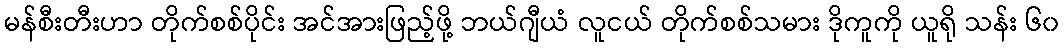
မန်စီးတီးဟာ တိုက်စစ်ပိုင်း အင်အားဖြည့်ဖို့ ဘယ်ဂျီယံ လူငယ် တိုက်စစ်သမား ဒိုကူကို ယူရို သန်း ၆၀